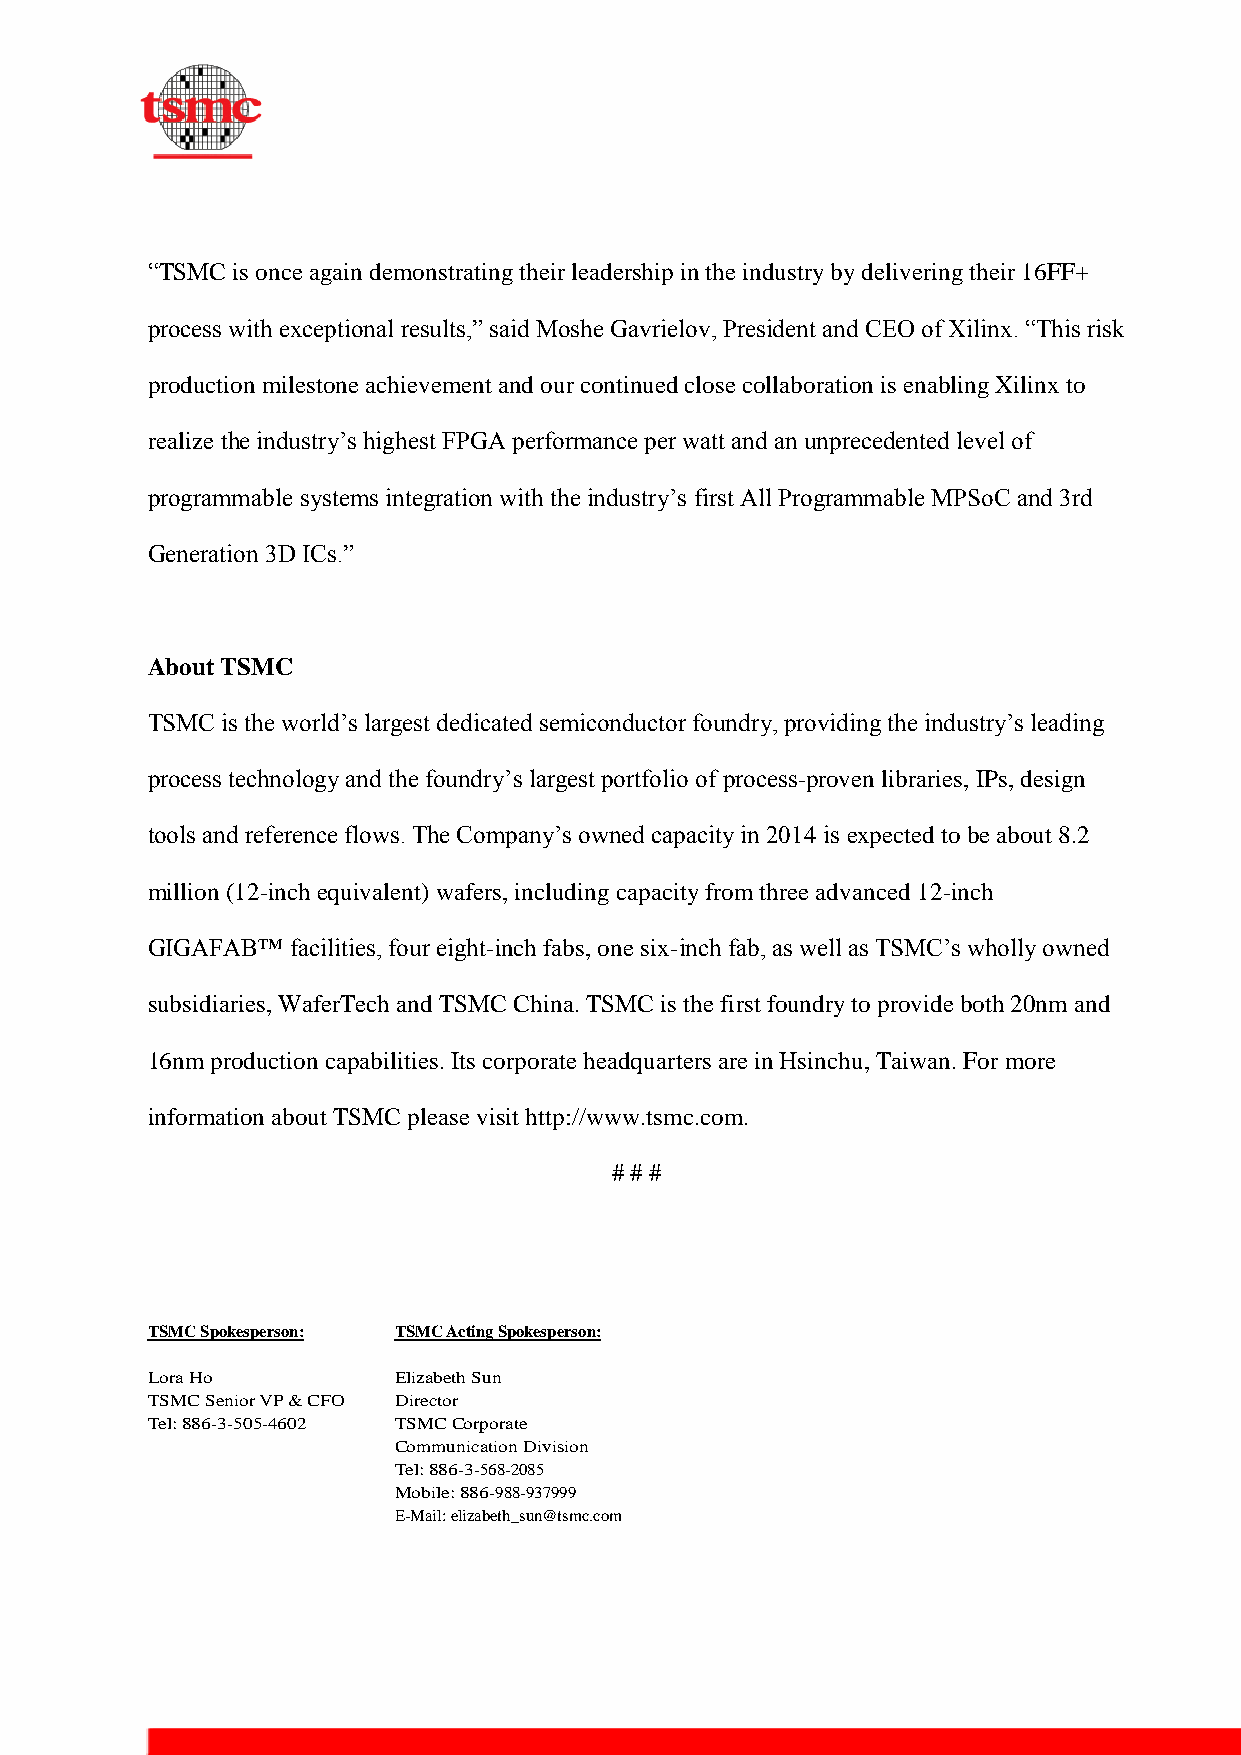
“TSMC is once again demonstrating their leadership in the industry by delivering their 16FF+
 process with exceptional results,” said Moshe Gavrielov, President and CEO of Xilinx. “This risk
 production milestone achievement and our continued close collaboration is enabling Xilinx to
 realize the industry’s highest FPGA performance per watt and an unprecedented level of
 programmable systems integration with the industry’s first All Programmable MPSoC and 3rd
 Generation 3D ICs.”
 About TSMC
 TSMC is the world’s largest dedicated semiconductor foundry, providing the industry’s leading
 process technology and the foundry’s largest portfolio of process-proven libraries, IPs, design
 tools and reference flows. The Company’s owned capacity in 2014 is expected to be about 8.2
 million (12-inch equivalent) wafers, including capacity from three advanced 12-inch
 GIGAFAB™ facilities, four eight-inch fabs, one six-inch fab, as well as TSMC’s wholly owned
 subsidiaries, WaferTech and TSMC China. TSMC is the first foundry to provide both 20nm and
 16nm production capabilities. Its corporate headquarters are in Hsinchu, Taiwan. For more
 information about TSMC please visit http://www.tsmc.com.
 # # #
 TSMC Spokesperson: TSMC Acting Spokesperson:
 Lora Ho         Elizabeth Sun
 TSMC Senior VP & CFO Director
 Tel: 886-3-505-4602 TSMC Corporate
 Communication Division
 Tel: 886-3-568-2085
 Mobile: 886-988-937999
 E-Mail: elizabeth_sun@tsmc.com